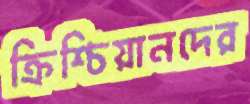
ক্রিশ্চিয়ানদের